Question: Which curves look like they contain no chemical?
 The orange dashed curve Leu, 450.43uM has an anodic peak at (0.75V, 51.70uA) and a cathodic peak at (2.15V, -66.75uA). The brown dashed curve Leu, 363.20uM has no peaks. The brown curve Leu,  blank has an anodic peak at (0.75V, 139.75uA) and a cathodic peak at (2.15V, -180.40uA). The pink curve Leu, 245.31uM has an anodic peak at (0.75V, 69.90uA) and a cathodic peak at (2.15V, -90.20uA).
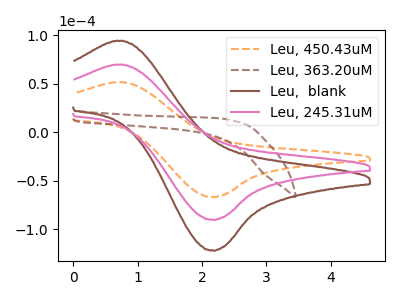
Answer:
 <answer>"Leu, 363.20uM" is likely to be a blank.</answer>
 <eval>Leu, 363.20uM</eval>